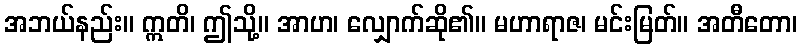
အဘယ်နည်း။ ဣတိ၊ ဤသို့။ အာဟ၊ လျှောက်ဆို၏။ မဟာရာဇ၊ မင်းမြတ်။ အတီတော၊